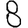
Digit: 8